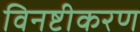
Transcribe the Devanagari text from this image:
विनष्टीकरण